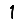
Digit: 1